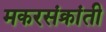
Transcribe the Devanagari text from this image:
मकरसंक्रांती